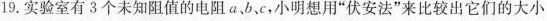
19.实验室有3个未知阻值的电阻a、b、c，小明想用”伏安法”来比较出它们的大小